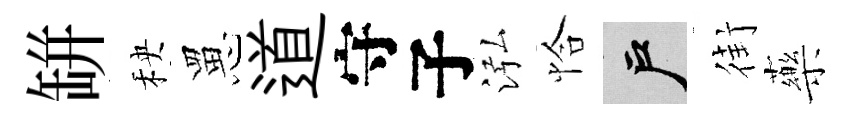
缾秧罳道守子泓恰户街藥